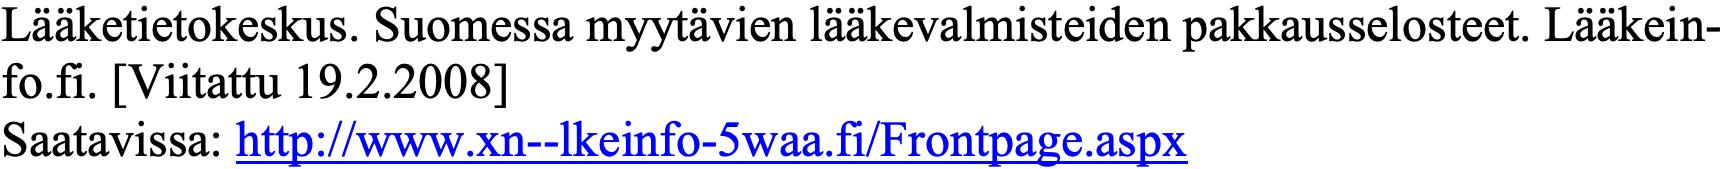
Lääketietokeskus. Suomessa myytävien lääkevalmisteiden pakkausselosteet. Lääkein- fo.fi. [Viitattu 19.2.2008] Saatavissa: http://www.xn--lkeinfo-5waa.fi/Frontpage.aspx